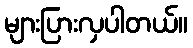
များပြားလှပါတယ်။